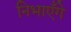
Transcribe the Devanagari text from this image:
निभाएँगे